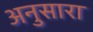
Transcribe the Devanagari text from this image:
अनुसारा